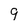
Character: 9